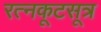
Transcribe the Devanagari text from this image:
रत्नकूटसूत्र